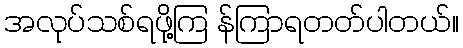
အလုပ်သစ်ရဖို့ကြ န်ကြာရတတ်ပါတယ်။